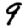
Digit: 9